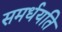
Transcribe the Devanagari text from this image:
समर्धयति